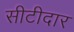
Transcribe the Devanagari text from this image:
सीटीदार